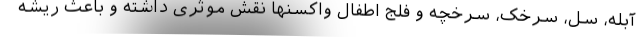
آبله، سل، سرخک، سرخچه و فلج اطفال واکسنها نقش موثری داشته و باعث ریشه